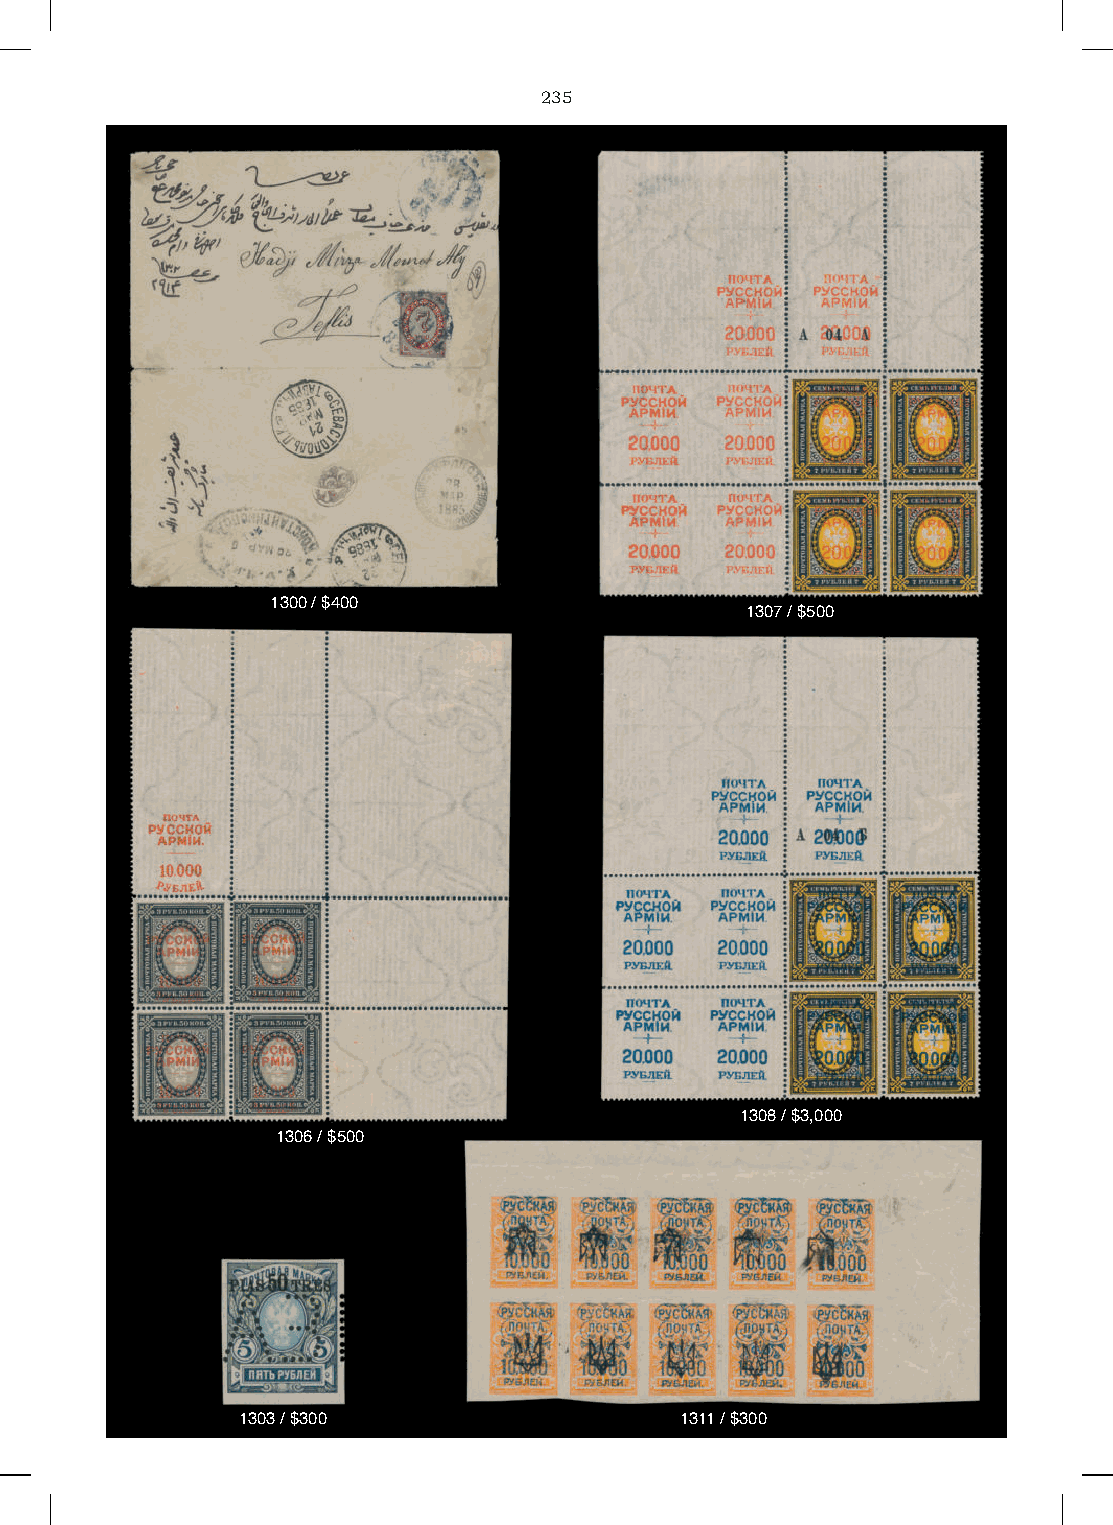
235
 1300 / $400
 1307 / $500
 1308 / $3,000
 1306 / $500
 1303 / $300                  1311 / $300